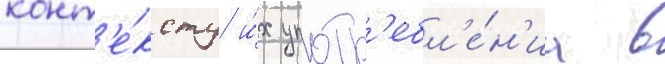
конт'е́ксту и́х употр'ебл'е́н'иа в